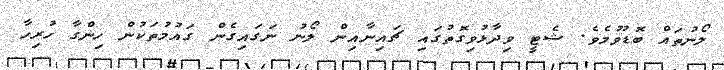
ލޯނުތައް ބޮޑުވުމެވެ. ޝެޓީ ވިދާޅުވިގޮތުގައި ޗައިނާއިން ލޯނު ނަގައިގެން ގައުމުތަކުން ހިންގާ ހުރިހާ